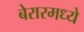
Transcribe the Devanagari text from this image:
बेरारमध्ये